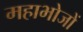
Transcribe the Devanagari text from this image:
महाभोजों